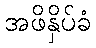
အဖိနှိပ်ခံ